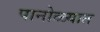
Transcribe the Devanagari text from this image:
पानोळ्यात